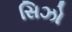
સિઝો